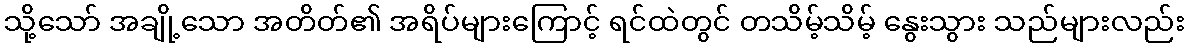
သို့သော် အချို့သော အတိတ်၏ အရိပ်များကြောင့် ရင်ထဲတွင် တသိမ့်သိမ့် နွေးသွား သည်များလည်း